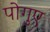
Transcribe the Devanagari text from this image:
पोगुए